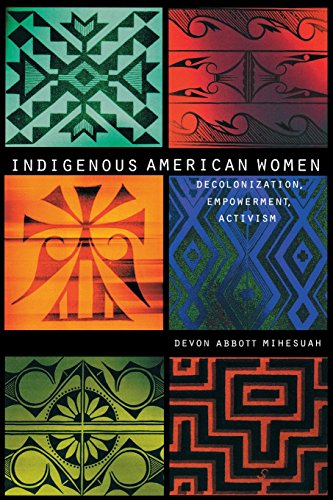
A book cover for Indigenous American Women: Decolonization, Empowerment, Activism (Contemporary Indigenous Issues); Devon Abbott Mihesuah; Gay & Lesbian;